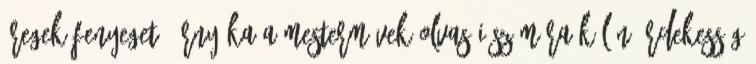
Öregek fenyegető árnyéka A MesterMűvek olvasói számára külön érdekesség